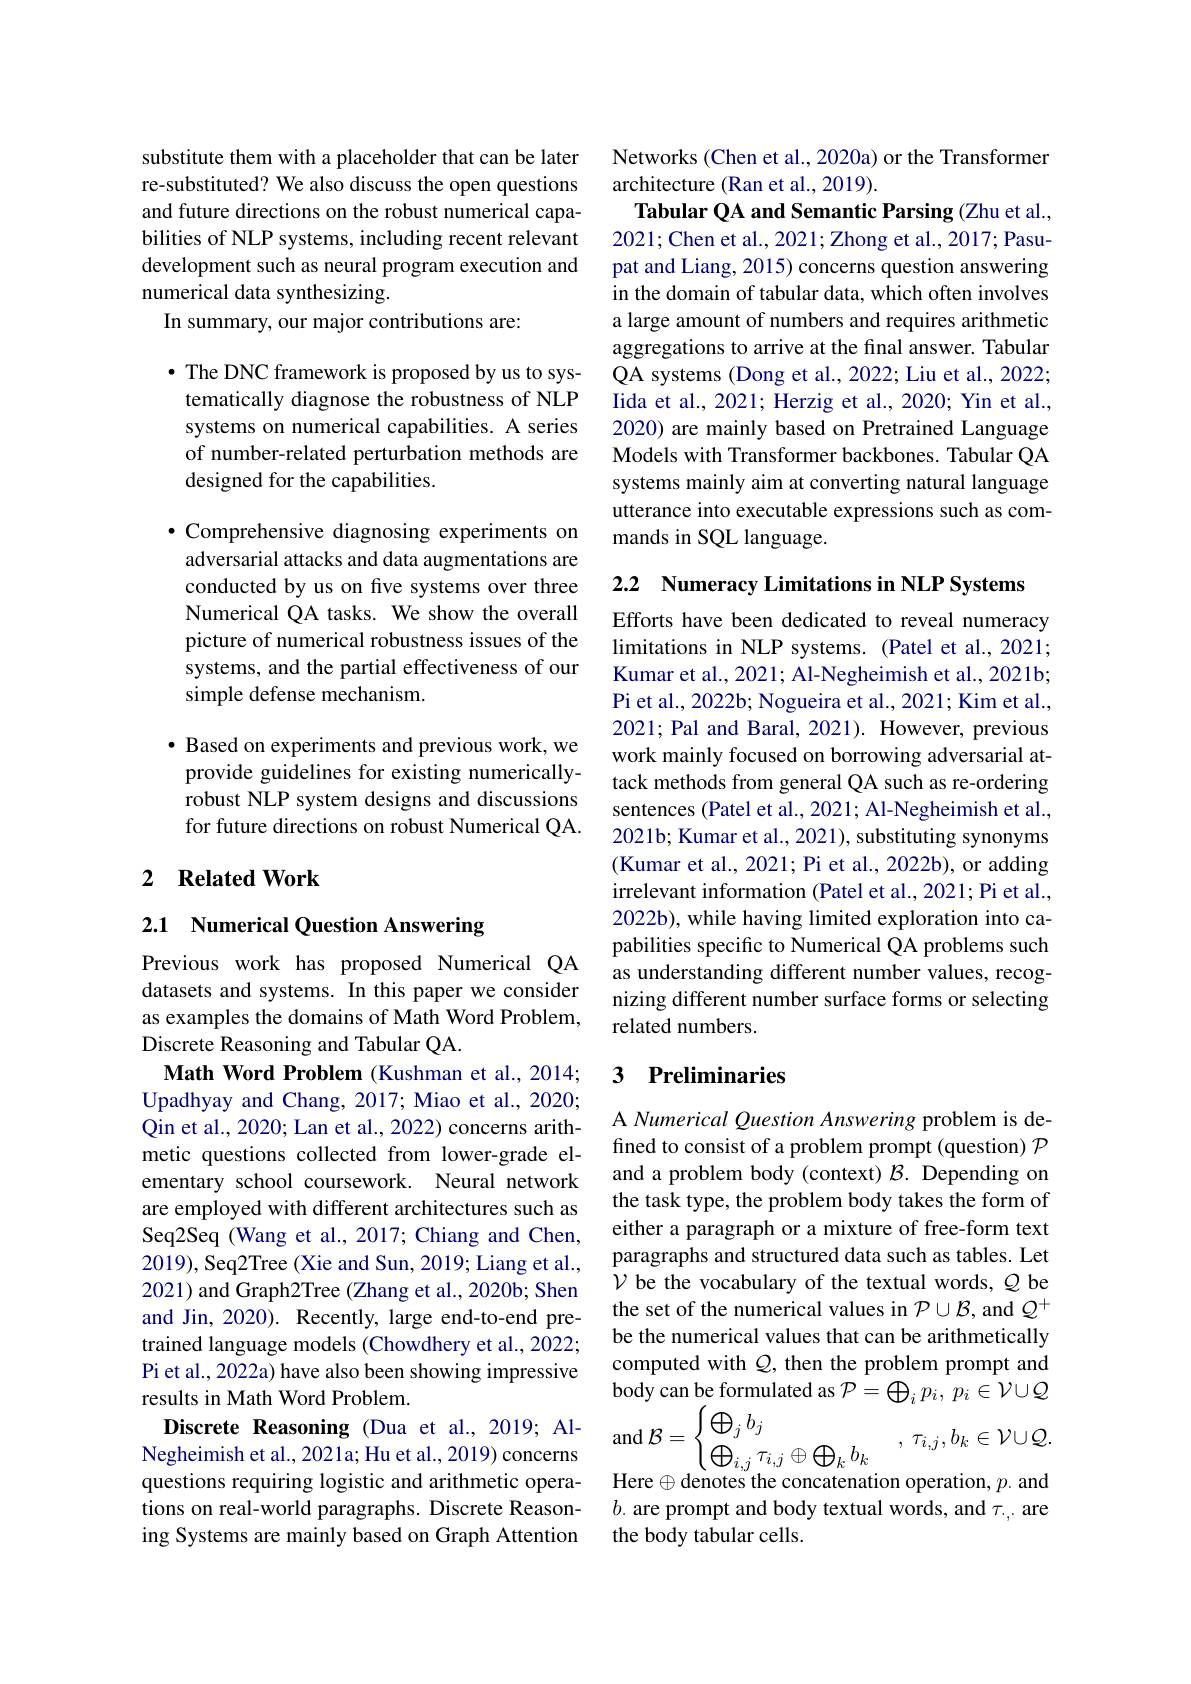
substitute them with a placeholder that can be later re-substituted? We also discuss the open questions and future directions on the robust numerical capabilities of NLP systems, including recent relevant development such as neural program execution and numerical data synthesizing.
In summary, our major contributions are:

· The DNC framework is proposed by us to systematically diagnose the robustness of NLP systems on numerical capabilities. A series of number-related perturbation methods are designed for the capabilities.

$\bullet$ Comprehensive diagnosing experiments on adversarial attacks and data augmentations are conducted by us on five systems over three Numerical QA tasks. We show the overall picture of numerical robustness issues of the systems, and the partial effectiveness of our simple defense mechanism.

$\bullet$ Based on experiments and previous work, we provide guidelines for existing numericallyrobust NLP system designs and discussions for future directions on robust Numerical QA.

## 2 $\textbf{Related Work}$

## 2.1 Numerical Question Answering

Previous work has proposed Numerical QA datasets and systems. In this paper we consider as examples the domains of Math Word Problem, Discrete Reasoning and Tabular QA.
Math Word Problem (Kushman et al., 2014; Upadhyay and Chang, 2017; Miao et al., 2020; Qin et al., 2020; Lan et al., 2022) concerns arithmetic questions collected from lower-grade elementary school coursework. Neural network are employed with different architectures such as Seq2Seq (Wang et al., 2017; Chiang and Chen, 2019), Seq2Tree (Xie and Sun, 2019; Liang et al., 2021) and Graph2Tree (Zhang et al., 2020b; Shen and Jin, 2020). Recently, large end-to-end pretrained language models (Chowdhery et al., 2022; Pi et al., 2022a) have also been showing impressive results in Math Word Problem.
$\textbf{Discrete Reasoning ( Dua et al, 2019; Al- }$ and $\mathcal{B}=\begin{cases}\bigoplus_jb_j\\\bigoplus_{i,j}\tau_{i,j}\oplus\bigoplus_kb_k&\end{cases},\tau_{i,j},b_k\in\mathcal{V}\cup\mathcal{Q}.$
questions requiring logistic and arithmetic operations on real-world paragraphs. Discrete Reasoning Systems are mainly based on Graph Attention

Networks (Chen et al., 2020a) or the Transformer
architecture (Ran et al., 2019).
Tabular QA and Semantic Parsing (Zhu et al., 2021; Chen et al., 2021; Zhong et al., 2017; Pasupat and Liang, 2015) concerns question answering in the domain of tabular data, which often involves a large amount of numbers and requires arithmetic aggregations to arrive at the final answer. Tabular QA systems (Dong et al., 2022; Liu et al., 2022; Iida et al., 2021; Herzig et al., 2020; Yin et al., 2020) are mainly based on Pretrained Language Models with Transformer backbones. Tabular QA systems mainly aim at converting natural language utterance into executable expressions such as commands in SQL language.

2.2 Numeracy Limitations in NLP Systems

Efforts have been dedicated to reveal numeracy limitations in NLP systems. (Patel et al., 2021; Kumar et al., 2021; Al-Negheimish et al., 2021b; Pi et al., 2022b; Nogueira et al., 2021; Kim et al., 2021; Pal and Baral, 2021). However, previous work mainly focused on borrowing adversarial attack methods from general QA such as re-ordering sentences (Patel et al., 2021; Al-Negheimish et al., 2021b; Kumar et al., 2021), substituting synonyms (Kumar et al., 2021; Pi et al., 2022b), or adding irrelevant information (Patel et al., 2021; Pi et al., 2022b), while having limited exploration into capabilities specific to Numerical QA problems such as understanding different number values, recognizing different number surface forms or selecting related numbers.

## 3 Preliminaries

A Numerical Question Answering problem is defined to consist of a problem prompt (question) $\mathcal{P}$ and a problem body (context) $\mathcal{B}.$ Depending on the task type, the problem body takes the form of either a paragraph or a mixture of free-form text paragraphs and structured data such as tables. Let $\mathcal{V}$ be the vocabulary of the textual words, $\mathcal{Q}$ be the set of the numerical values in $\mathcal{P}\cup\mathcal{B}$, and $\mathcal{Q}^+$ be the numerical values that can be arithmetically computed with $Q$, then the problem prompt and body can be formulated as $\mathcal{P}=\bigoplus_ip_i,p_i\in\mathcal{V}\cup\mathcal{Q}$ Here$\oplus$denotes the concatenation operation, $p.$ and $b.$ are prompt and body textual words, and $\tau_{.,.}$ are the body tabular cells.